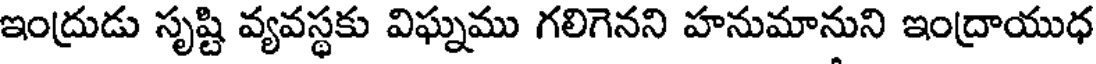
ఇంద్రుడు సృష్టి వ్యవస్థకు విఘ్నము గలిగెనని హనుమానుని ఇంద్రాయుధ